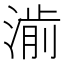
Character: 𱨃